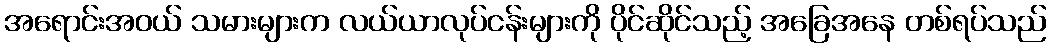
အရောင်းအဝယ် သမားများက လယ်ယာလုပ်ငန်းများကို ပိုင်ဆိုင်သည့် အခြေအနေ တစ်ရပ်သည်